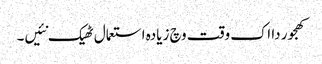
کھجور دا اک وقت وچ زیادہ استعمال ٹھیک نئیں۔